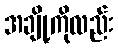
အချို့ကိုလည်း